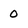
Character: 0